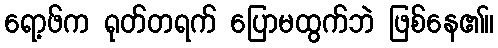
ရော့ဖ်က ရုတ်တရက် ပြောမထွက်ဘဲ ဖြစ်နေ၏။